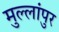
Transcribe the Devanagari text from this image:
मुल्लांपुर